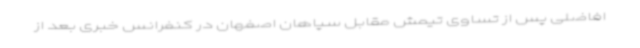
افاضلی پس از تساوی تیمش مقابل سپاهان اصفهان در کنفرانس خبری بعد از